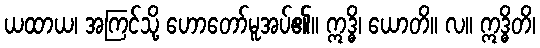
ယထာယ၊ အကြင်သို့ ဟောတော်မူအပ်၏။ ဣဒ္ဓိ၊ ယောတိ။ လ။ ဣဒ္ဓိတိ၊